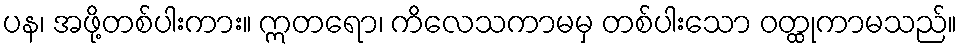
ပန၊ အဖို့တစ်ပါးကား။ ဣတရော၊ ကိလေသကာမမှ တစ်ပါးသော ဝတ္ထုကာမသည်။